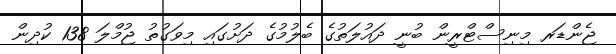
ޖެންޑަރ މިނިސްޓްރީން ބުނީ ދައުލަތުގެ ބެލުމުގެ ދަށުގައި މިވަގުތު ޖުމްލަ 138 ކުދިން